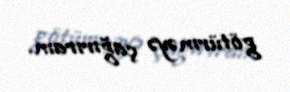
götürməyə çağırıram.